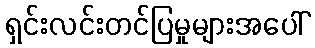
ရှင်းလင်းတင်ပြမှုများအပေါ်